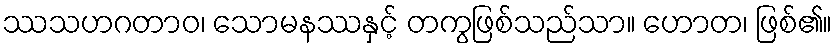
ဿသဟဂတာဝ၊ သောမနဿနှင့် တကွဖြစ်သည်သာ။ ဟောတ၊ ဖြစ်၏။